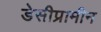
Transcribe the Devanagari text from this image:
डेसीप्रामीन